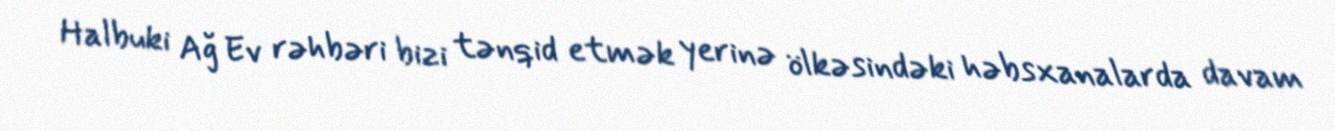
Halbuki Ağ Ev rəhbəri bizi tənqid etmək yerinə ölkəsindəki həbsxanalarda davam